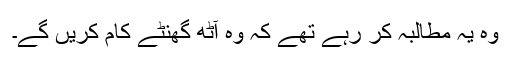
وہ یہ مطالبہ کر رہے تھے کہ وہ آٹھ گھنٹے کام کریں گے۔